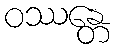
ဝဿန္တေ